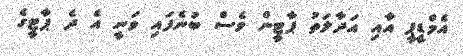
އެމްޑީޕީ އާއި އަދާލަތު ޕާޓީން ވެސް ބުނެފައި ވަަނީ އެ ދެ ޕާޓީގެ